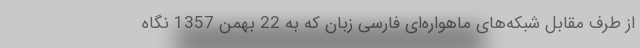
از طرف مقابل شبکه‌های ماهواره‌ای فارسی زبان که به 22 بهمن 1357 نگاه